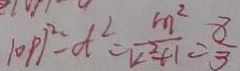
\vert 0 P \vert ^ { 2 } - d ^ { 2 } = \frac { m ^ { 2 } } { k ^ { 2 } + 1 } = \frac { 8 } { 3 }